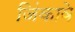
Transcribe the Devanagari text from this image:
जिंकावे